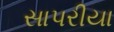
સાપરીયા